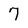
Character: 7